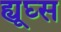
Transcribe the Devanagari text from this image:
ह्यूघ्स